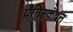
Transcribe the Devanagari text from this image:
प्रतिस्कंदन